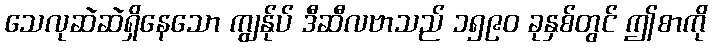
သေလုဆဲဆဲရှိနေသော ကျွန်ုပ် ဒီဆီလဗာသည် ၁၅၉၀ ခုနှစ်တွင် ဤစာကို